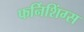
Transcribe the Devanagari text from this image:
फर्निशिंग्स